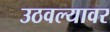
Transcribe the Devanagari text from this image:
उठवल्यावर